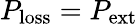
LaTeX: P_{\mathrm{loss}}=P_{\mathrm{ext}}